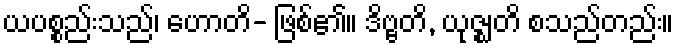
ယပစ္စည်းသည်၊ ဟောတိ- ဖြစ်၏။ ဒိဗ္ဗတိ, ယုဇ္ဈတိ စသည်တည်း။